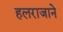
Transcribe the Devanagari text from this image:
हलराजाने